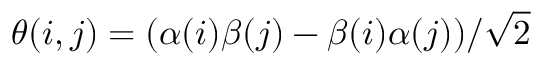
\theta ( i , j ) = ( \alpha ( i ) \beta ( j ) - \beta ( i ) \alpha ( j ) ) / \sqrt { 2 }